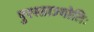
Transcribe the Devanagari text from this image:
पुरस्ताज्योतिः